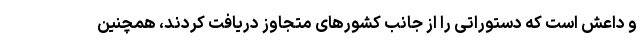
و داعش است که دستوراتی را از جانب کشورهای متجاوز دریافت کردند، همچنین